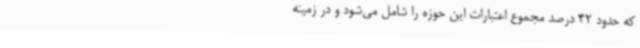
که حدود 42 درصد مجموع اعتبارات این حوزه را شامل می‌شود و در زمینه